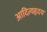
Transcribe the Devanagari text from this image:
आदित्यहृदय